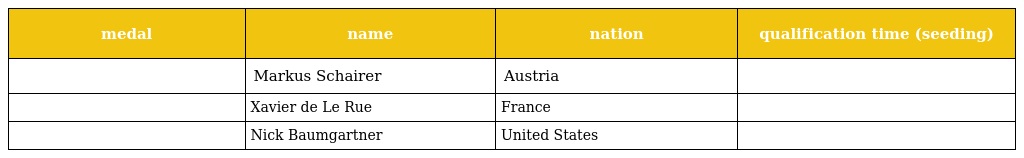
| medal | name | nation | qualification time (seeding) |
 | --- | --- | --- | --- |
 |  | Markus Schairer | Austria |  |
 |  | Xavier de Le Rue | France |  |
 |  | Nick Baumgartner | United States |  |